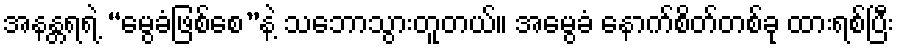
အနန္တရရဲ့ “မွေခံဖြစ်စေ”နဲ့ သဘောသွားတူတယ်။ အမွေခံ နောက်စိတ်တစ်ခု ထားရစ်ပြီး